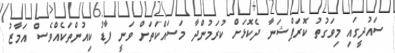
ސައުދީގައި މިވަގުތު ކޮރަޕްޝަނާ ދެކޮޅަށް ކުރަމުންދާ މަސައްކަތަށް ވަނީ ފާޑު ކިއުންތަކެއްވެސް އަމާޒު